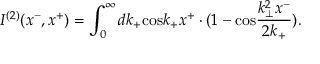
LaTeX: I ^ { ( 2 ) } ( x ^ { - } , x ^ { + } ) = \int _ { 0 } ^ { \infty } d k _ { + } \mathrm { c o s } k _ { + } x ^ { + } \cdot ( 1 - \mathrm { c o s } \frac { k _ { \bot } ^ { 2 } x ^ { - } } { 2 k _ { + } } ) .